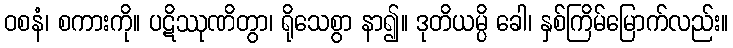
ဝစနံ၊ စကားကို။ ပဋိဿုဏိတွာ၊ ရိုသေစွာ နာ၍။ ဒုတိယမ္ပိ ခေါ၊ နှစ်ကြိမ်မြောက်လည်း။